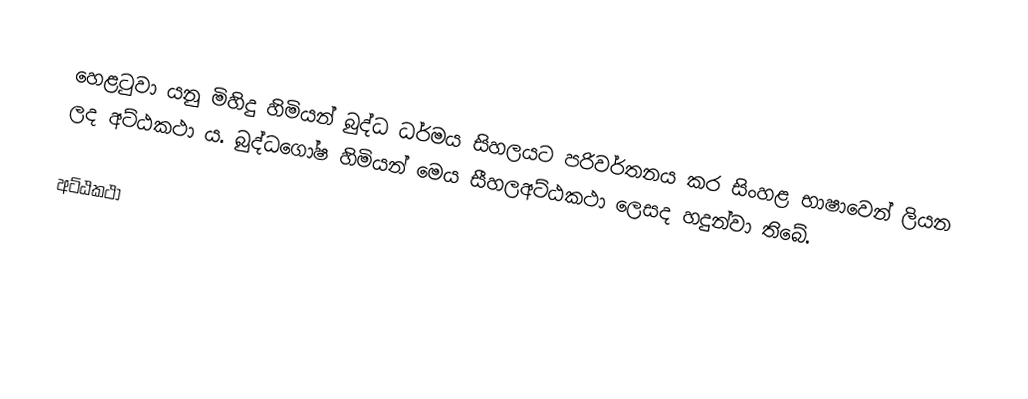
හෙළටුවා යනු  මිහිදු හිමියන් බුද්ධ ධර්මය සිහලයට පරිවර්තනය කර සිංහළ භාෂාවෙන් ලියන ලද අට්ඨකථා ය. බුද්ධගෝෂ හිමියන් මෙය සීහලඅට්ඨකථා ලෙසද හදුන්වා තිබේ.

අට්ඨකථා